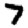
Digit: 7